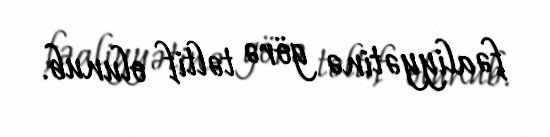
fəaliyyətinə görə təltif olunub.